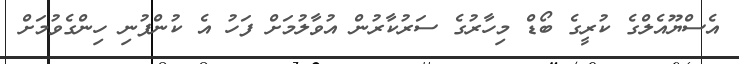
އެސްޔޫއެލްގެ ކުރީގެ ބޯޑް މިހާރުގެ ސަރުކާރުން އުވާލުމަށް ފަހު އެ ކުންފުނި ހިންގެވުމަށް